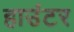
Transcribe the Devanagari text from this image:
हाउंटर